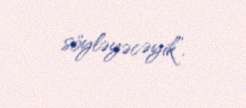
söyləyəcəyik”.